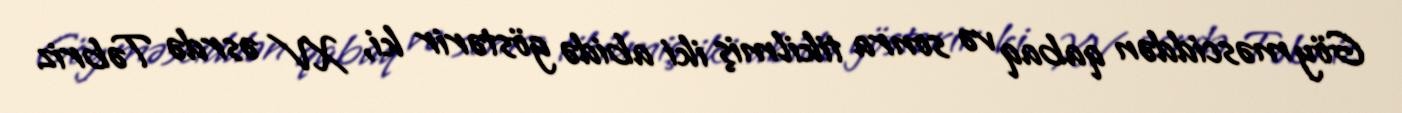
Göy məsciddən qabaq və sonra tikilmiş iki abidə göstərir ki, XV əsrdə Təbriz